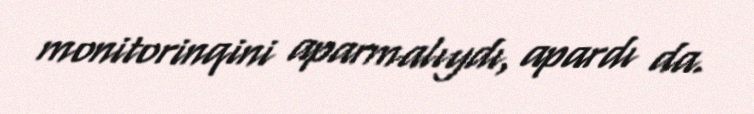
monitorinqini aparmalıydı, apardı da.